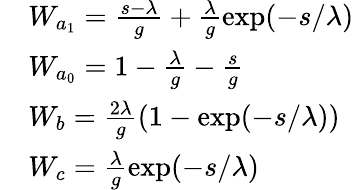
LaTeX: \begin{array}{rl}&{W_{a_{1}}=\frac{s-\lambda}{g}+\frac{\lambda}{g}\exp(-s/\lambda)}\\ &{W_{a_{0}}=1-\frac{\lambda}{g}-\frac{s}{g}}\\ &{W_{b}=\frac{2\lambda}{g}\left(1-\exp(-s/\lambda)\right)}\\ &{W_{c}=\frac{\lambda}{g}\exp(-s/\lambda)}\end{array}